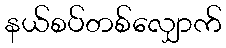
နယ်စပ်တစ်လျှောက်